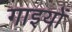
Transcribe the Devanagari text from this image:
गाइयों